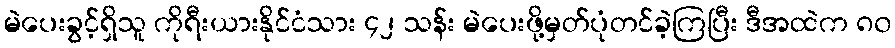
မဲပေးခွင့်ရှိသူ ကိုရီးယားနိုင်ငံသား ၄၂ သန်း မဲပေးဖို့မှတ်ပုံတင်ခဲ့ကြပြီး ဒီအထဲက ၈၀